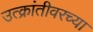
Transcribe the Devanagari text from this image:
उत्क्रांतीवरच्या